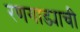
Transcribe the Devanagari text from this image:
रणगाड्याची